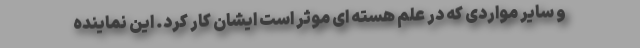
و سایر مواردی که در علم هسته ای موثر است ایشان کار کرد. این نماینده